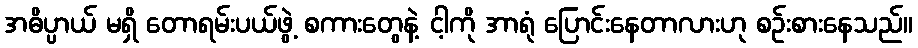
အဓိပ္ပာယ် မရှိ တောရမ်းပယ်ဖွဲ့ စကားတွေနဲ့ ငါ့ကို အာရုံ ပြောင်းနေတာလားဟု စဉ်းစားနေသည်။